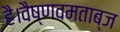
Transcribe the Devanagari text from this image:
है।वैष्णवमताब्ज